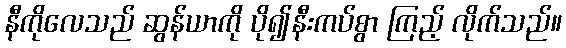
နီကိုလေသည် ဆွန်ယာကို ပို၍နီးကပ်စွာ ကြည့် လိုက်သည်။